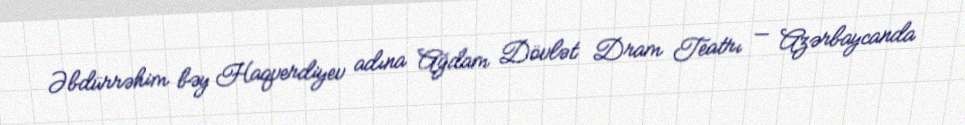
Əbdürrəhim bəy Haqverdiyev adına Ağdam Dövlət Dram Teatrı — Azərbaycanda